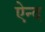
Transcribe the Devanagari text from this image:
ऐन्द